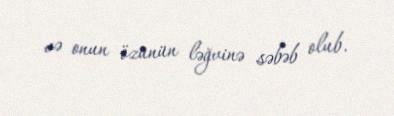
və onun özünün ləğvinə səbəb olub.